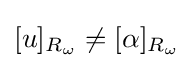
[u]_{R_{\omega }}\neq [\alpha ]_{R_{\omega }}